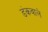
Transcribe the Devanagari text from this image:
डंकवाले